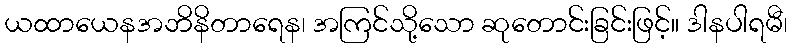
ယထာယေနအဘိနိတာရေန၊ အကြင်သို့သော ဆုတောင်းခြင်းဖြင့်။ ဒါနပါရမီ၊